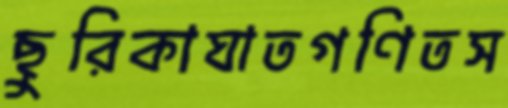
ছুরিকাঘাতগণিতস